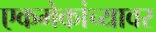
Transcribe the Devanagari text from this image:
एकमेकांच्यावर